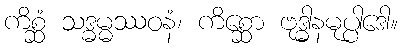
ကိစ္ဆံ သဒ္ဓမ္မဿဝနံ၊ ကိစ္ဆော ဗုဒ္ဓါနမုပ္ပါဒေါ။